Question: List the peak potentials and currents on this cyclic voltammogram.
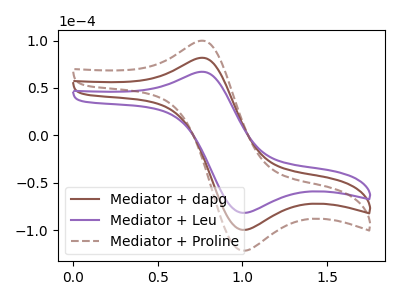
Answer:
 <answer>The brown curve "Mediator + dapg" has an anodic peak at (0.75V, 81.55uA) and a cathodic peak at (1.00V, -99.65uA). The purple curve "Mediator + Leu" has an anodic peak at (0.75V, 66.85uA) and a cathodic peak at (1.00V, -81.65uA). The brown dashed curve "Mediator + Proline" has an anodic peak at (0.75V, 163.10uA) and a cathodic peak at (1.00V, -199.30uA).</answer>
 <eval></eval>